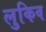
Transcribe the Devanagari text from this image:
लुकिव